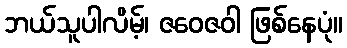
ဘယ်သူပါလိမ့်၊ ဇဝေဇဝါ ဖြစ်နေပုံ။